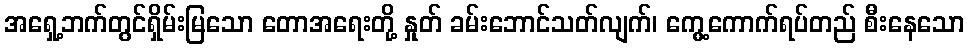
အရှေ့ဘက်တွင်ရှိမ်းမြသော တောအရေးတို့ နှုတ် ခမ်းဘောင်သတ်လျက်၊ ကွေ့ကောက်ရပ်တည် စီးနေသော